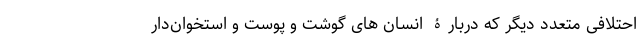
احتلافی متعدد دیگر که دربارۀ انسان های گوشت و پوست و استخوان‌دار